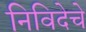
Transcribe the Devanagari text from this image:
निविदेचे